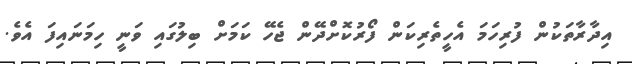
އިދާރާތަކުން ފުރިހަމަ އެހީތެރިކަން ފޯރުކޮށްދޭން ޖެހޭ ކަމަށް ބިލުގައި ވަނީ ހިމަނައިފަ އެވެ.